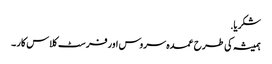
شکریا.
ہمیشہ کی طرح عمدہ سروس اور فرسٹ کلاس کار ۔